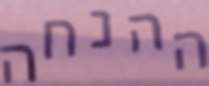
ההנחה